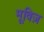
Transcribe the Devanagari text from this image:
मूविज़